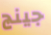
جينج